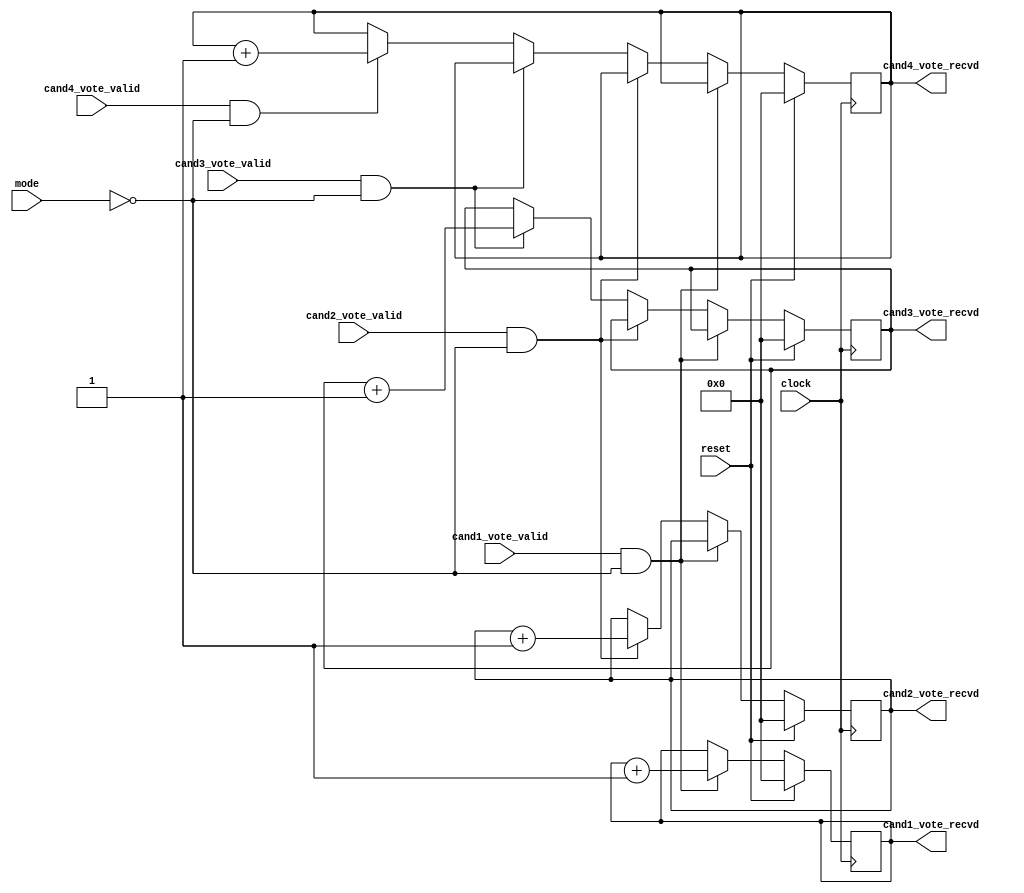
module voteLogger (
    input clock,
    input reset,
    input mode,
    input cand1_vote_valid,
    input cand2_vote_valid,
    input cand3_vote_valid,
    input cand4_vote_valid, 
    output reg [7:0] cand1_vote_recvd,
    output reg [7:0] cand2_vote_recvd,
    output reg [7:0] cand3_vote_recvd,
    output reg [7:0] cand4_vote_recvd  
);

    always @(posedge clock)
    begin
        if (reset)
        begin
            cand1_vote_recvd <= 0;
            cand2_vote_recvd <= 0;
            cand3_vote_recvd <= 0;
            cand4_vote_recvd <= 0;
        end
        else
        begin
            if (cand1_vote_valid && mode == 0)
                cand1_vote_recvd <= cand1_vote_recvd + 1;
            else if (cand2_vote_valid && mode == 0)
                cand2_vote_recvd <= cand2_vote_recvd + 1;
            else if (cand3_vote_valid && mode == 0)
                cand3_vote_recvd <= cand3_vote_recvd + 1;
            else if (cand4_vote_valid && mode == 0)
                cand4_vote_recvd <= cand4_vote_recvd + 1;
        end
    end

endmodule